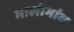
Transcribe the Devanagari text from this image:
मालीगांव